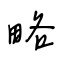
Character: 略